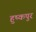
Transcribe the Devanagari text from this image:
हुष्कपुर